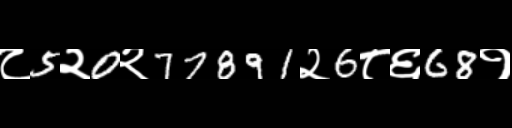
Text: ८5२0२77891२6८६68१